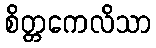
စိတ္တကေလိသာ